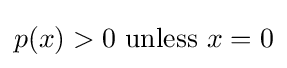
p(x)>0{\text{ unless }}x=0